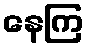
နေကြ